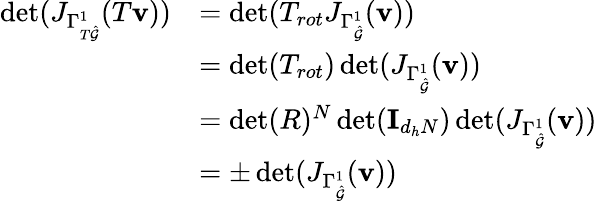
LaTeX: \begin{array}{rl}{\operatorname*{det}(J_{\Gamma_{T\hat{\mathcal{G}}}^{1}}(T\mathbf{v}))}&{=\operatorname*{det}(T_{rot}J_{\Gamma_{\hat{\mathcal{G}}}^{1}}(\mathbf{v}))}\\ &{=\operatorname*{det}(T_{rot})\operatorname*{det}(J_{\Gamma_{\hat{\mathcal{G}}}^{1}}(\mathbf{v}))}\\ &{=\operatorname*{det}(R)^{N}\operatorname*{det}(\mathbf{I}_{d_{h}N})\operatorname*{det}(J_{\Gamma_{\hat{\mathcal{G}}}^{1}}(\mathbf{v}))}\\ &{=\pm\operatorname*{det}(J_{\Gamma_{\hat{\mathcal{G}}}^{1}}(\mathbf{v}))}\end{array}